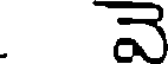
. వె